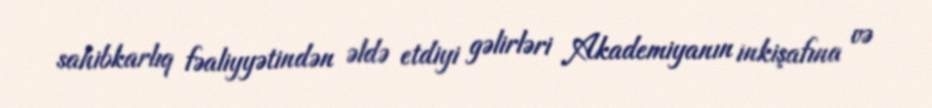
sahibkarlıq fəaliyyətindən əldə etdiyi gəlirləri Akademiyanın inkişafına və